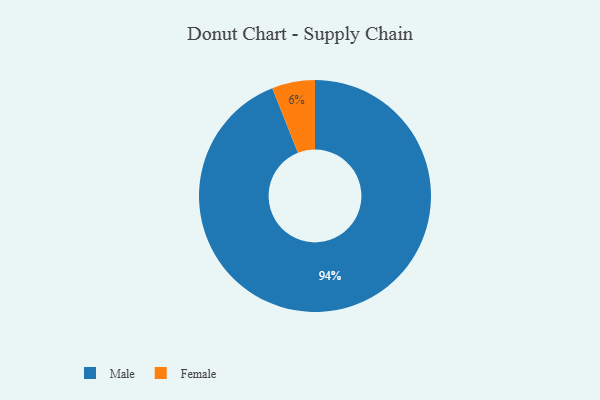
{"axis": {"x": "Category", "y": "Percentage"}, "legend": ["Female", "Male"], "data": [{"x": "Female", "y": 6, "type": "Female"}, {"x": "Male", "y": 94, "type": "Male"}]}